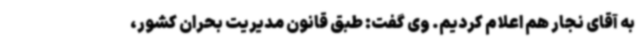
به آقای نجار هم اعلام کردیم. وی گفت: طبق قانون مدیریت بحران کشور،